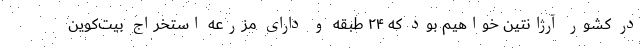
در کشور آرژانتین خواهیم بود که ۲۴ طبقه و دارای مزرعه استخراج بیت‌کوین